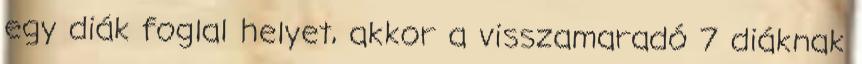
egy diák foglal helyet, akkor a visszamaradó 7 diáknak